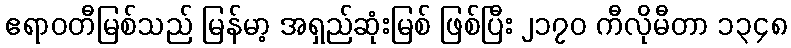
ဧရာဝတီမြစ်သည် မြန်မာ့ အရှည်ဆုံးမြစ် ဖြစ်ပြီး ၂၁၇၀ ကီလိုမီတာ ၁၃၄၈